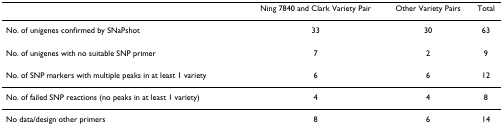
|  | Ning 7840 and Clark Variety Pair | Other Variety Pairs | Total |
 | --- | --- | --- | --- |
 | No. of unigenes confirmed by SNaPshot | 33 | 30 | 63 |
 | No. of unigenes with no suitable SNP primer | 7 | 2 | 9 |
 | No. of SNP markers with multiple peaks in at least 1 variety | 6 | 6 | 12 |
 | No. of failed SNP reactions (no peaks in at least 1 variety) | 4 | 4 | 8 |
 | No data/design other primers | 8 | 6 | 14 |